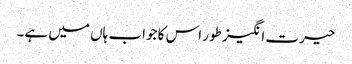
حیرت انگیز طور اس کا جواب ہاں میں ہے۔